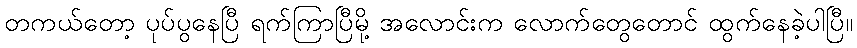
တကယ်တော့ ပုပ်ပွနေပြီ ရက်ကြာပြီမို့ အလောင်းက လောက်တွေတောင် ထွက်နေခဲ့ပါပြီ။